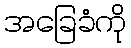
အခြေခံကို